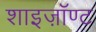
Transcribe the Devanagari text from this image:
शाइज़ॉण्ट